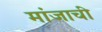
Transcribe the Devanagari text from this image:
मांजाची